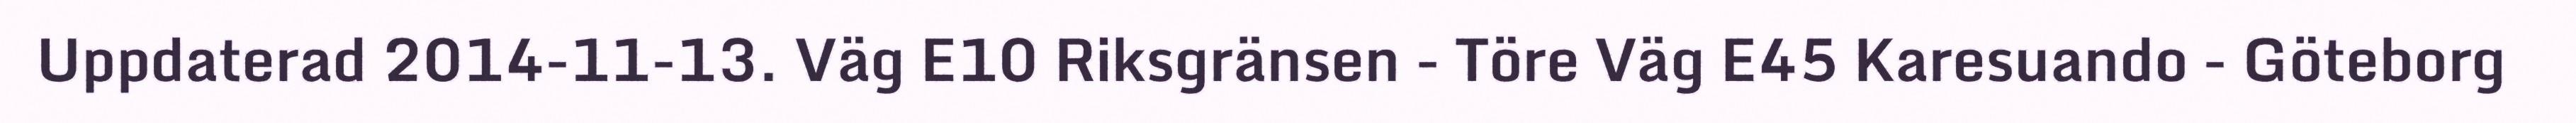
Uppdaterad 2014-11-13. Väg E10 Riksgränsen - Töre Väg E45 Karesuando - Göteborg